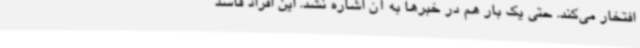
افتخار می‌کند. حتی یک بار هم در خبرها به آن اشاره نشد. این افراد فاسد